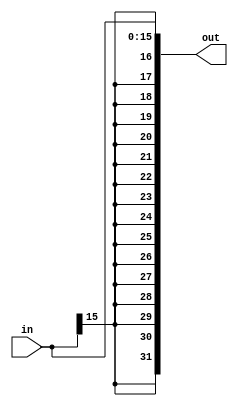
`timescale 1ns / 1ps

////////////////////////////////////////////////////////////////////////////////
// Arquitetura de Sistemas Digitais
// Laboratrio 3
//
// ENTRADAS:-
// in: Entrada de 16 bits parametrizada. Esta porta  referente ao sinal a ser extendido pelo mdulo.
//
// SADAS:-
// out: Sada de 32 bits parametrizada. Esta sada possui o sinal de 32 bits extendido.

//
// Baseado no trabalho de Caskman. 
////////////////////////////////////////////////////////////////////////////////

module SignalExtension #(
    parameter BITS_SIZE = 32,
    parameter IN_SIZE = 16
    ) (out, in);

    output [BITS_SIZE - 1:0] out;
    
    input   [IN_SIZE - 1:0] in;

    assign out = { {BITS_SIZE - IN_SIZE{in[IN_SIZE - 1]}}, in };
endmodule